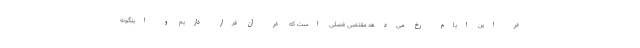
در این ایام رخ می‌دهد مقتضی فصلی است که در آن قرار داریم و اینگونه